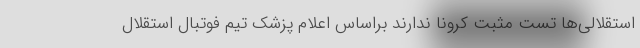
استقلالی‌ها تست مثبت کرونا ندارند براساس اعلام پزشک تیم فوتبال استقلال